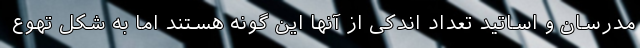
مدرسان و اساتید تعداد اندکی از آنها این گونه هستند اما به شکل تهوع